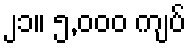
၂၁။ ၅,၀၀၀ ကျပ်